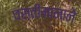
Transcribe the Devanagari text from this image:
वस्तीमानाने